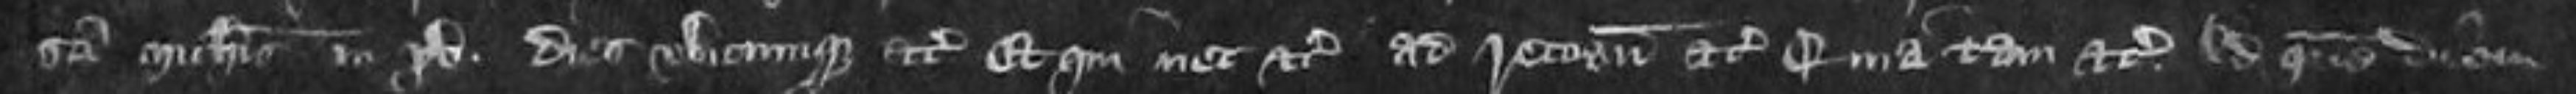
Sancti Michaelis in xv dies ubicumque etc Et qui nec etc ad recognoscendum etc Quia tam etc Ad quem diem